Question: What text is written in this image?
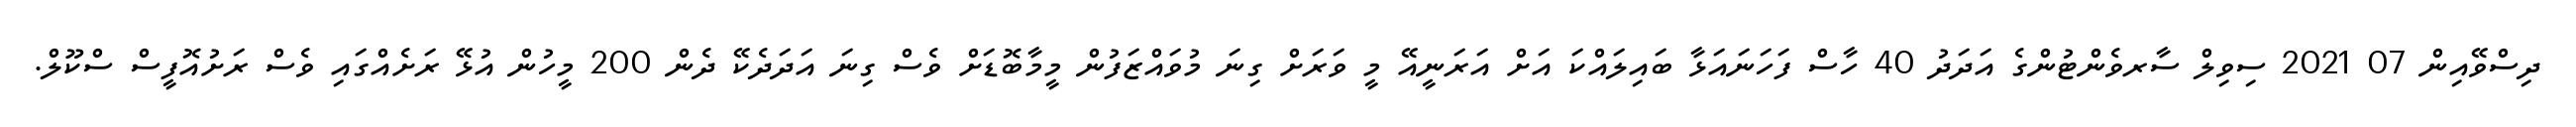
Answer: ދިސްވޭއިން 07 2021 ސިވިލް ސާރވެންޓުންގެ އަދަދު 40 ހާސް ފަހަނައަޅާ ބައިލައްކަ އަށް އަރަނީއޭ މީ ވަރަށް ގިނަ މުވައްޒަފުން މީމާބޮޑަށް ވެސް ގިނަ އަދަދެކޭ ދެން 200 މީހުން އުޅޭ ރަށެއްގައި ވެސް ރަށުއޮފީސް ސްކޫލް.